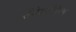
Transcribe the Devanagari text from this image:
सेंसेशनलिज़्म